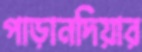
পাড়ানদিয়ার